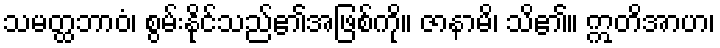
သမတ္ထဘာဝံ၊ စွမ်းနိုင်သည်၏အဖြစ်ကို။ ဇာနာမိ၊ သိ၏။ ဣတိအာဟ၊